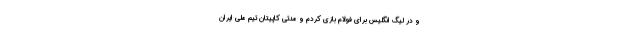
و در لیگ انگلیس برای فولام بازی کردم و مدتی کاپیتان تیم ملی ایران